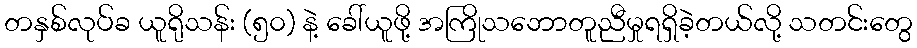
တနှစ်လုပ်ခ ယူရိုသန်း (၅၀) နဲ့ ခေါ်ယူဖို့ အကြိုသဘောတူညီမှုရရှိခဲ့တယ်လို့ သတင်းတွေ